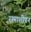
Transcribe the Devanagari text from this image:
रामाशीषन